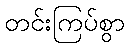
တင်းကြပ်စွာ